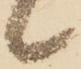
候